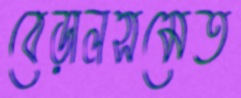
বেড়ালসমেত